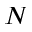
N